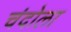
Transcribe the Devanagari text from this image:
चंदोला